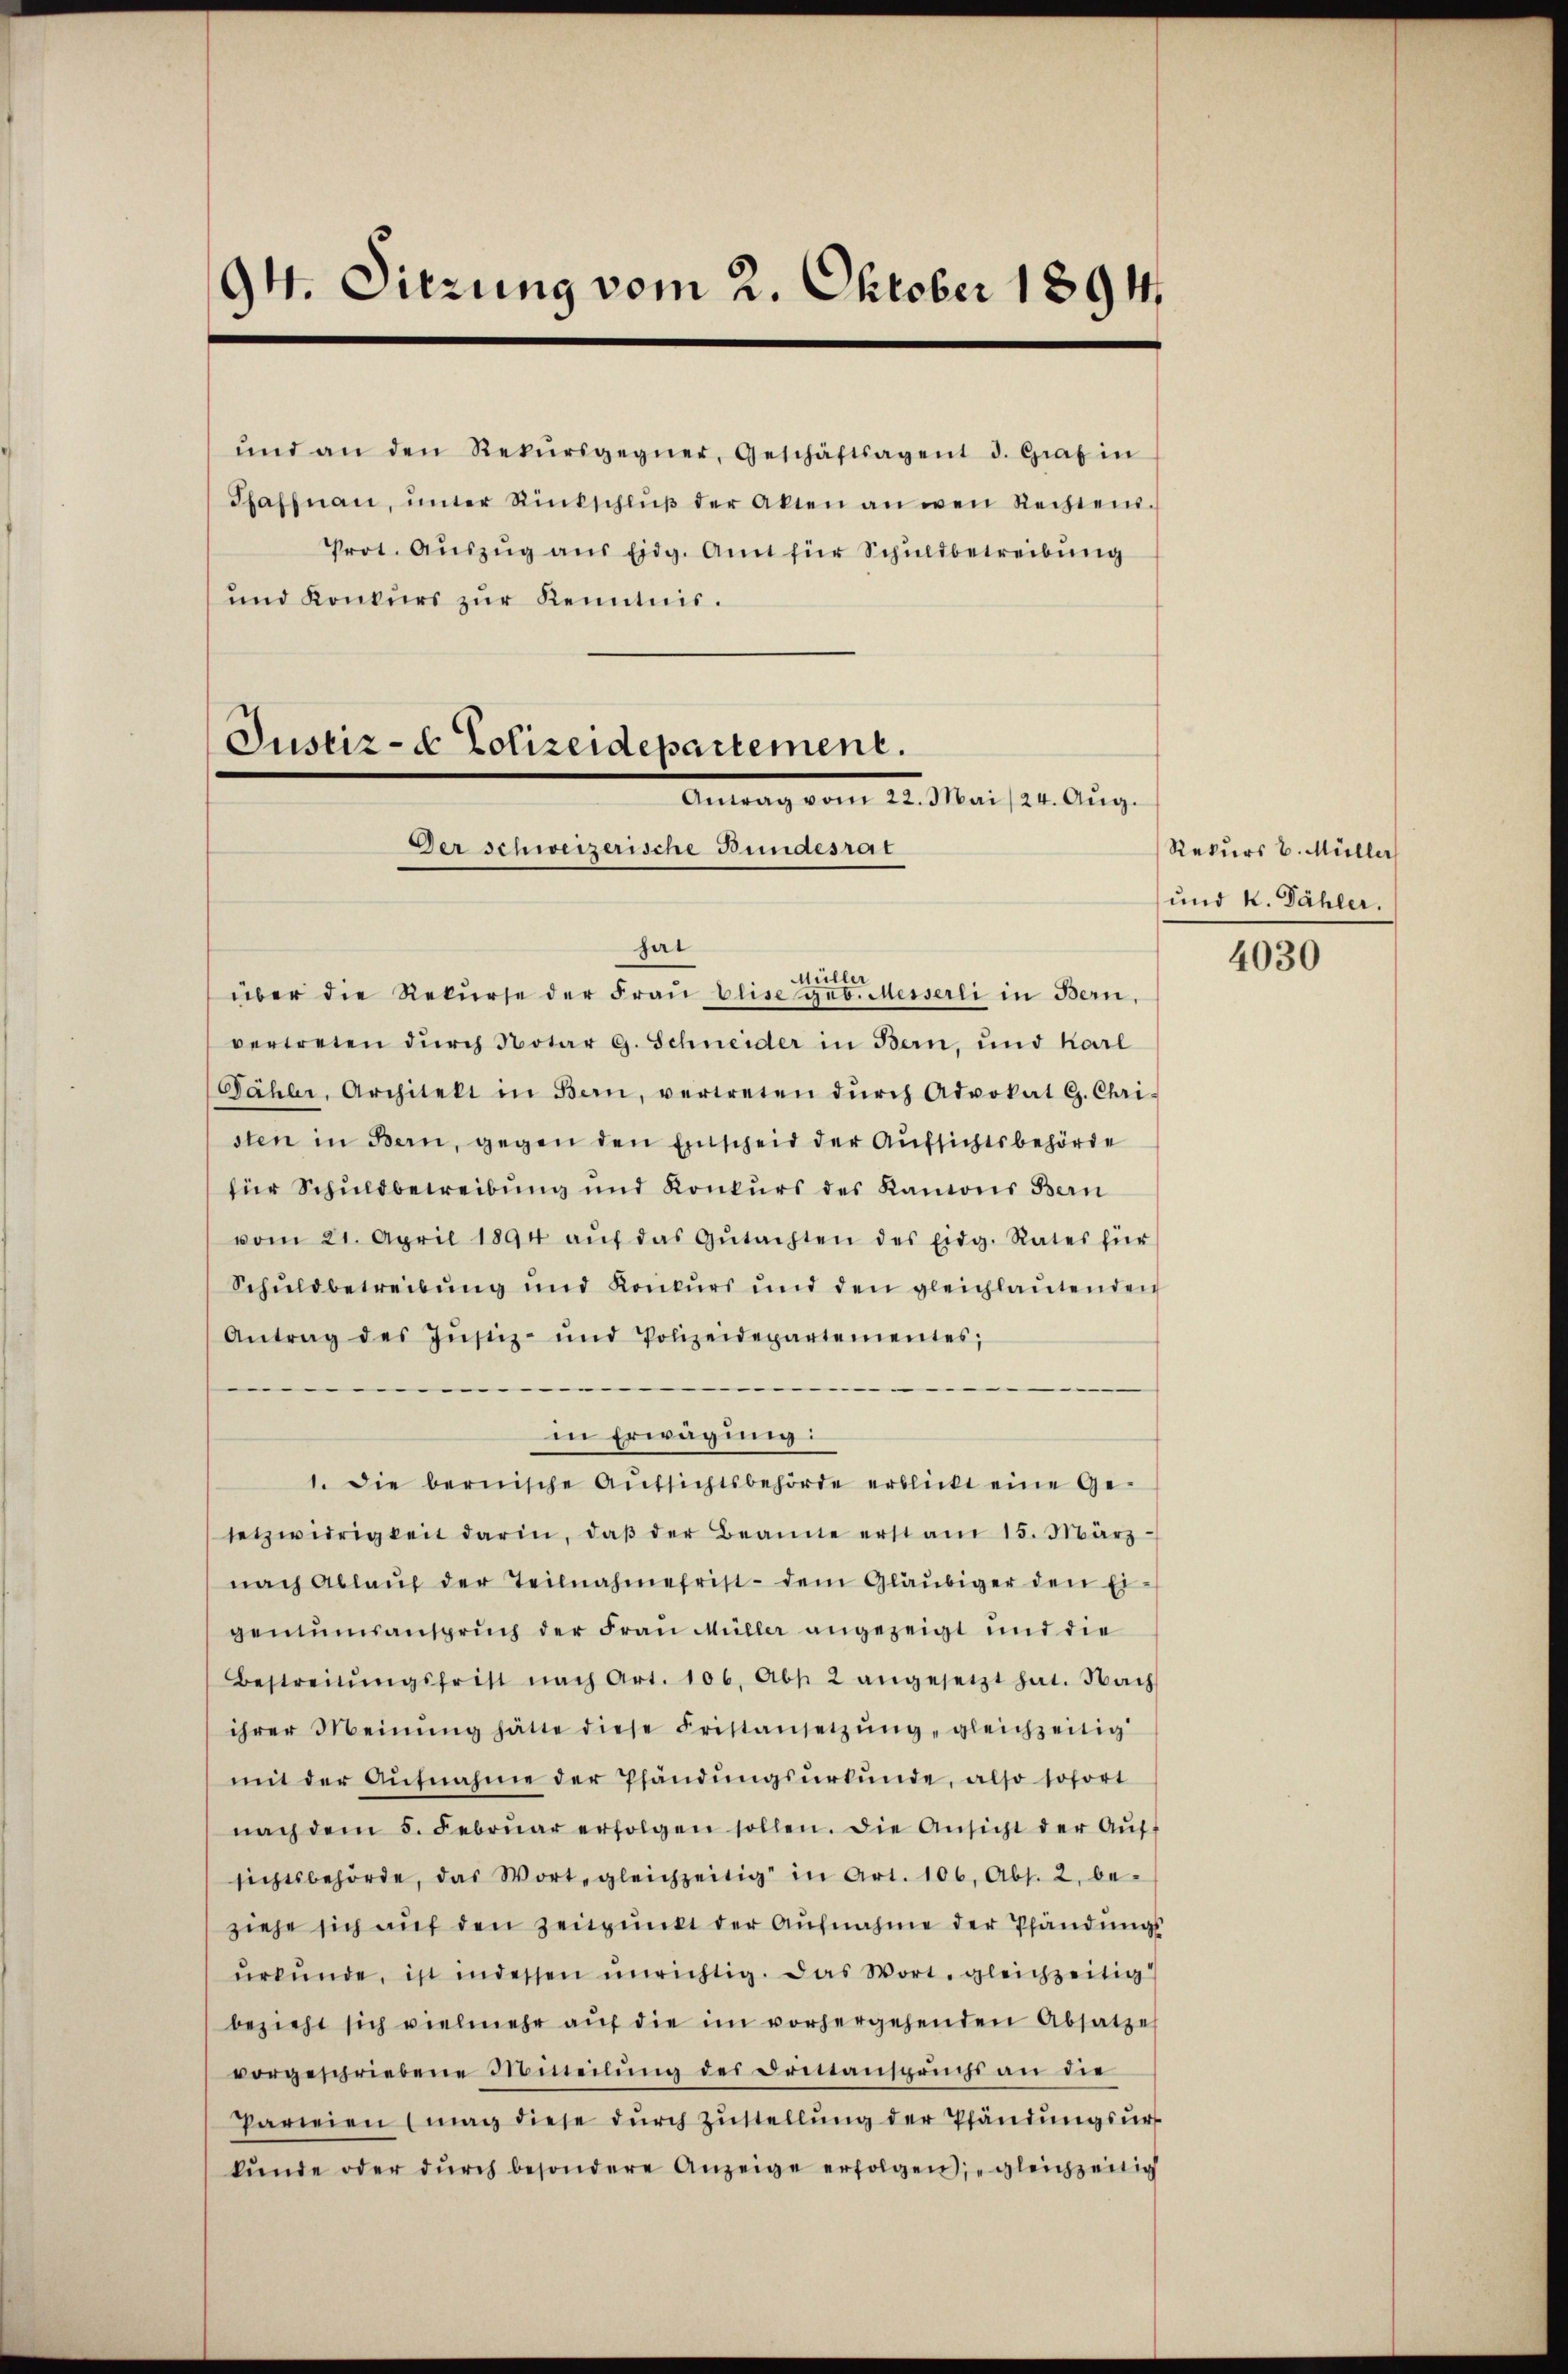
94. Sitzung vom 2. Oktober 1894.

ŭnd an den Rekŭrsgegner, Geschäftsagent d. Graf in
Pfaffnaŭ, ŭnter Rückschlŭβ der Akten an wen Rechtens.
Prot. Aŭszŭg aŭs Eidg. Amt für Schuldbetreibung
und Konkurs zŭr Kenntnis.

Justiz- & Polizeidepartement.
. Mai 24. Aug.
Der schweizerische Bundesrat

hai
Müller
über die Rekurse der Fraŭ Elise geb. Messerli in Bern,
vertreten dŭrch Notar G. Schneider in Bern, und Karl
Pählr., Architekt in Bern, vertreten dŭrch Advokat G. Chri-
sten in Bern, gegen den Einscheid der Aufsichtsbehörde
für Schuldbetreibung und Konkurs des Kantons Bern
vom 21. April 1894 aŭf das Gŭtachten des Eidg. Rates für
Schuldbetreibung und Konkurs und den gleichlautenden
Antrag des Zŭstiz- und Polizeidepartementes,
in Erwägung:
1. Die bernische Aŭfsichtsbehörde erblickt eine Ge-
setzwidrigkeit darin, daβ der Beamte erst am 15. März
nach Ablaŭf der Teilnahmefrist dem Gläubiger den Ei-
gentumsanspruch der Frau Müller angezeigt und die
Bestreitŭngsfrist nach Art. 106. Abs. 2 angesetzt hat. Nach
ihrer Meinŭng hätte diese Fristansetzŭng gleichzeitig
mit der Aŭfnahme der Pfändŭngsŭrtŭnde, also sofort
nach dem 5. Febrŭar erfolgen sollen. Die Ansicht der Aŭf-
sichtsbehörde, das Wort, gleichzeitig in Art. 106, Abs. 2, be-
ziehe sich auf den Zeitpunkt der Aufnahme der Pfändungs
ŭrkŭnde, ist indessen unrichtig. Das Wort, gleichzeitig
bezieht sich vielmehr aŭf die im vorhergehenden Absatze
vorgeschriebene Mineilŭng der Britanspruchs an die
Pareien mag diese dŭrch zŭstellŭng der Pfändungsur
kŭnde oder dŭrch besondere Anzeige erfolgen; gleichzeitig

Rekurs v. Müller
und k. Dähler.

4030